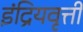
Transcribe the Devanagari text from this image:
इंद्रियवृत्ती